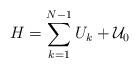
LaTeX: \begin{align*}H=\sum_{k=1}^{N-1}U_{k}+{\cal U}_{0} \end{align*}